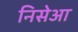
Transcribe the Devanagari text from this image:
निसेआ